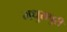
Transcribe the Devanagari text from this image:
मधुरापुरी